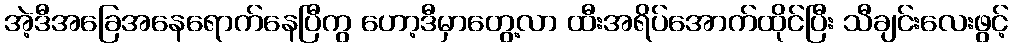
အဲ့ဒီအခြေအနေရောက်နေပြီကွ ဟော့ဒီမှာတွေ့လာ ထီးအရိပ်အောက်ထိုင်ပြီး သီချင်းလေးဖွင့်